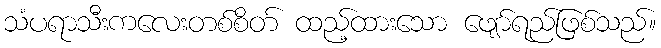
သံပရာသီးကလေးတစ်စိတ် ထည့်ထားသော ဖျော်ရည်ဖြစ်သည်။